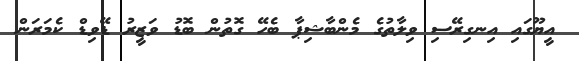
އީޔޫގައި އިނގިރޭސި ވިލާތުގެ މެންބާޝިޕާ ބެހޭ ގޮތުން ބޮޑު ވަޒީރު ޑޭވިޑް ކެމަރަން